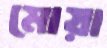
মোয়া